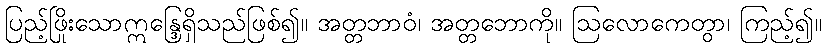
ပြည့်ဖြိုးသောဣန္ဒြေရှိသည်ဖြစ်၍။ အတ္တဘာဝံ၊ အတ္တဘောကို။ ဩလောကေတွာ၊ ကြည့်၍။